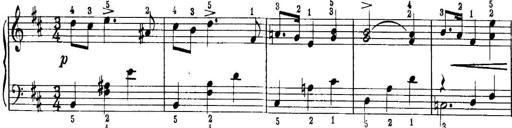
Title: Quatres sonatines
Composer: Tadeusz Joteyko